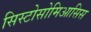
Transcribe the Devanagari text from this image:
सिस्टोसोमिआसिस